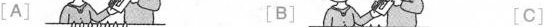
[A] [B] [C]